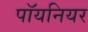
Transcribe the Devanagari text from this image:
पॉयनियर